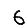
Digit: 6